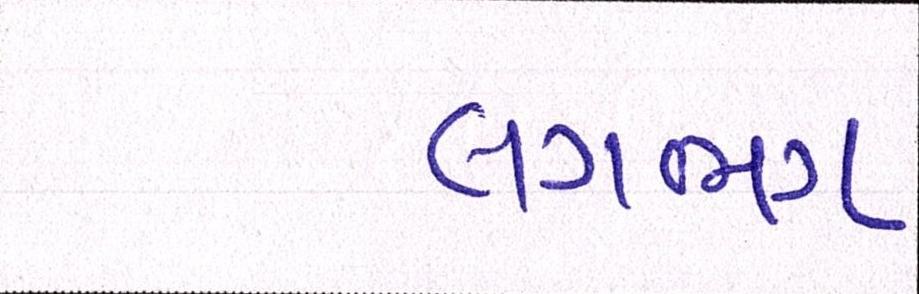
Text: લગભગ